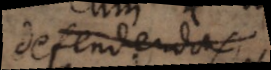
defendenda